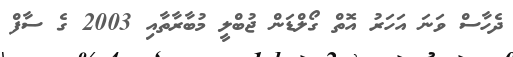
ދެހާސް ވަނަ އަހަރު އޮތް ގޯލްޑަން ޖުބްލީ މުބާރާތާއި 2003 ގެ ސާފް